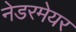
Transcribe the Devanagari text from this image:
नेडरमेयर